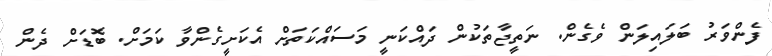
ފެންވަރު ބަލައިލަން ވެގެން. ނަތީޖާތަކުން ދައްކަނީ މަސައްކަތަށް އެކަށީގެންވާ ކަމަށް. ބޮޑަށް ދެން